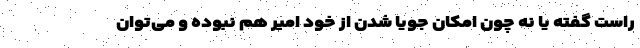
راست گفته یا نه چون امکان جویا شدن از خود امیر هم نبوده و می‌توان